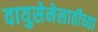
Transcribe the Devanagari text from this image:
वायुसेनेसाठीच्या